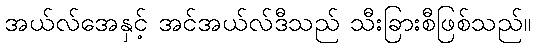
အယ်လ်အေနှင့် အင်အယ်လ်ဒီသည် သီးခြားစီဖြစ်သည်။